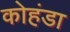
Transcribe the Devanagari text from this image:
कोहंडा